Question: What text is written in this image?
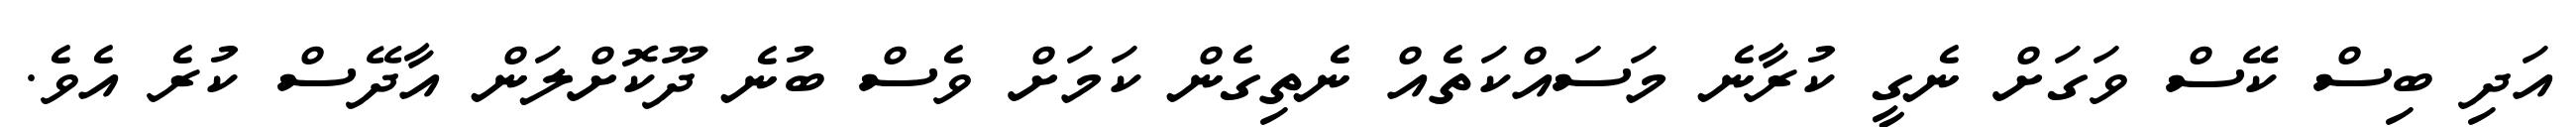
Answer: އަދި ބިސް ކޭސް ވަގަށް ނެގީ ކުރާނެ މަސައްކަތެއް ނެތިގެން ކަމަށް ވެސް ބުނެ ދޫކޮށްލަން އާދޭސް ކުރެ އެވެ.